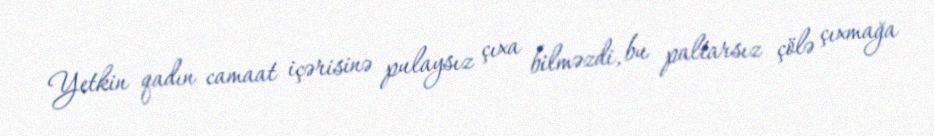
Yetkin qadın camaat içərisinə pulaysız çıxa bilməzdi, bu paltarsız çölə çıxmağa